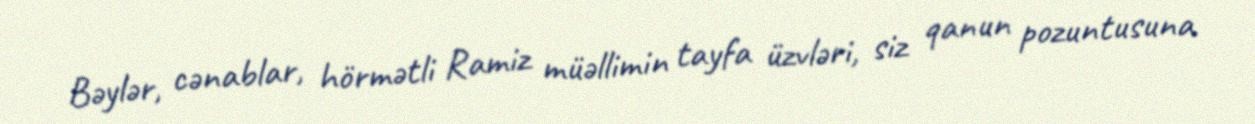
Bəylər, cənablar, hörmətli Ramiz müəllimin tayfa üzvləri, siz qanun pozuntusuna